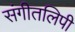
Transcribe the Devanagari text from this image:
संगीतलिपी